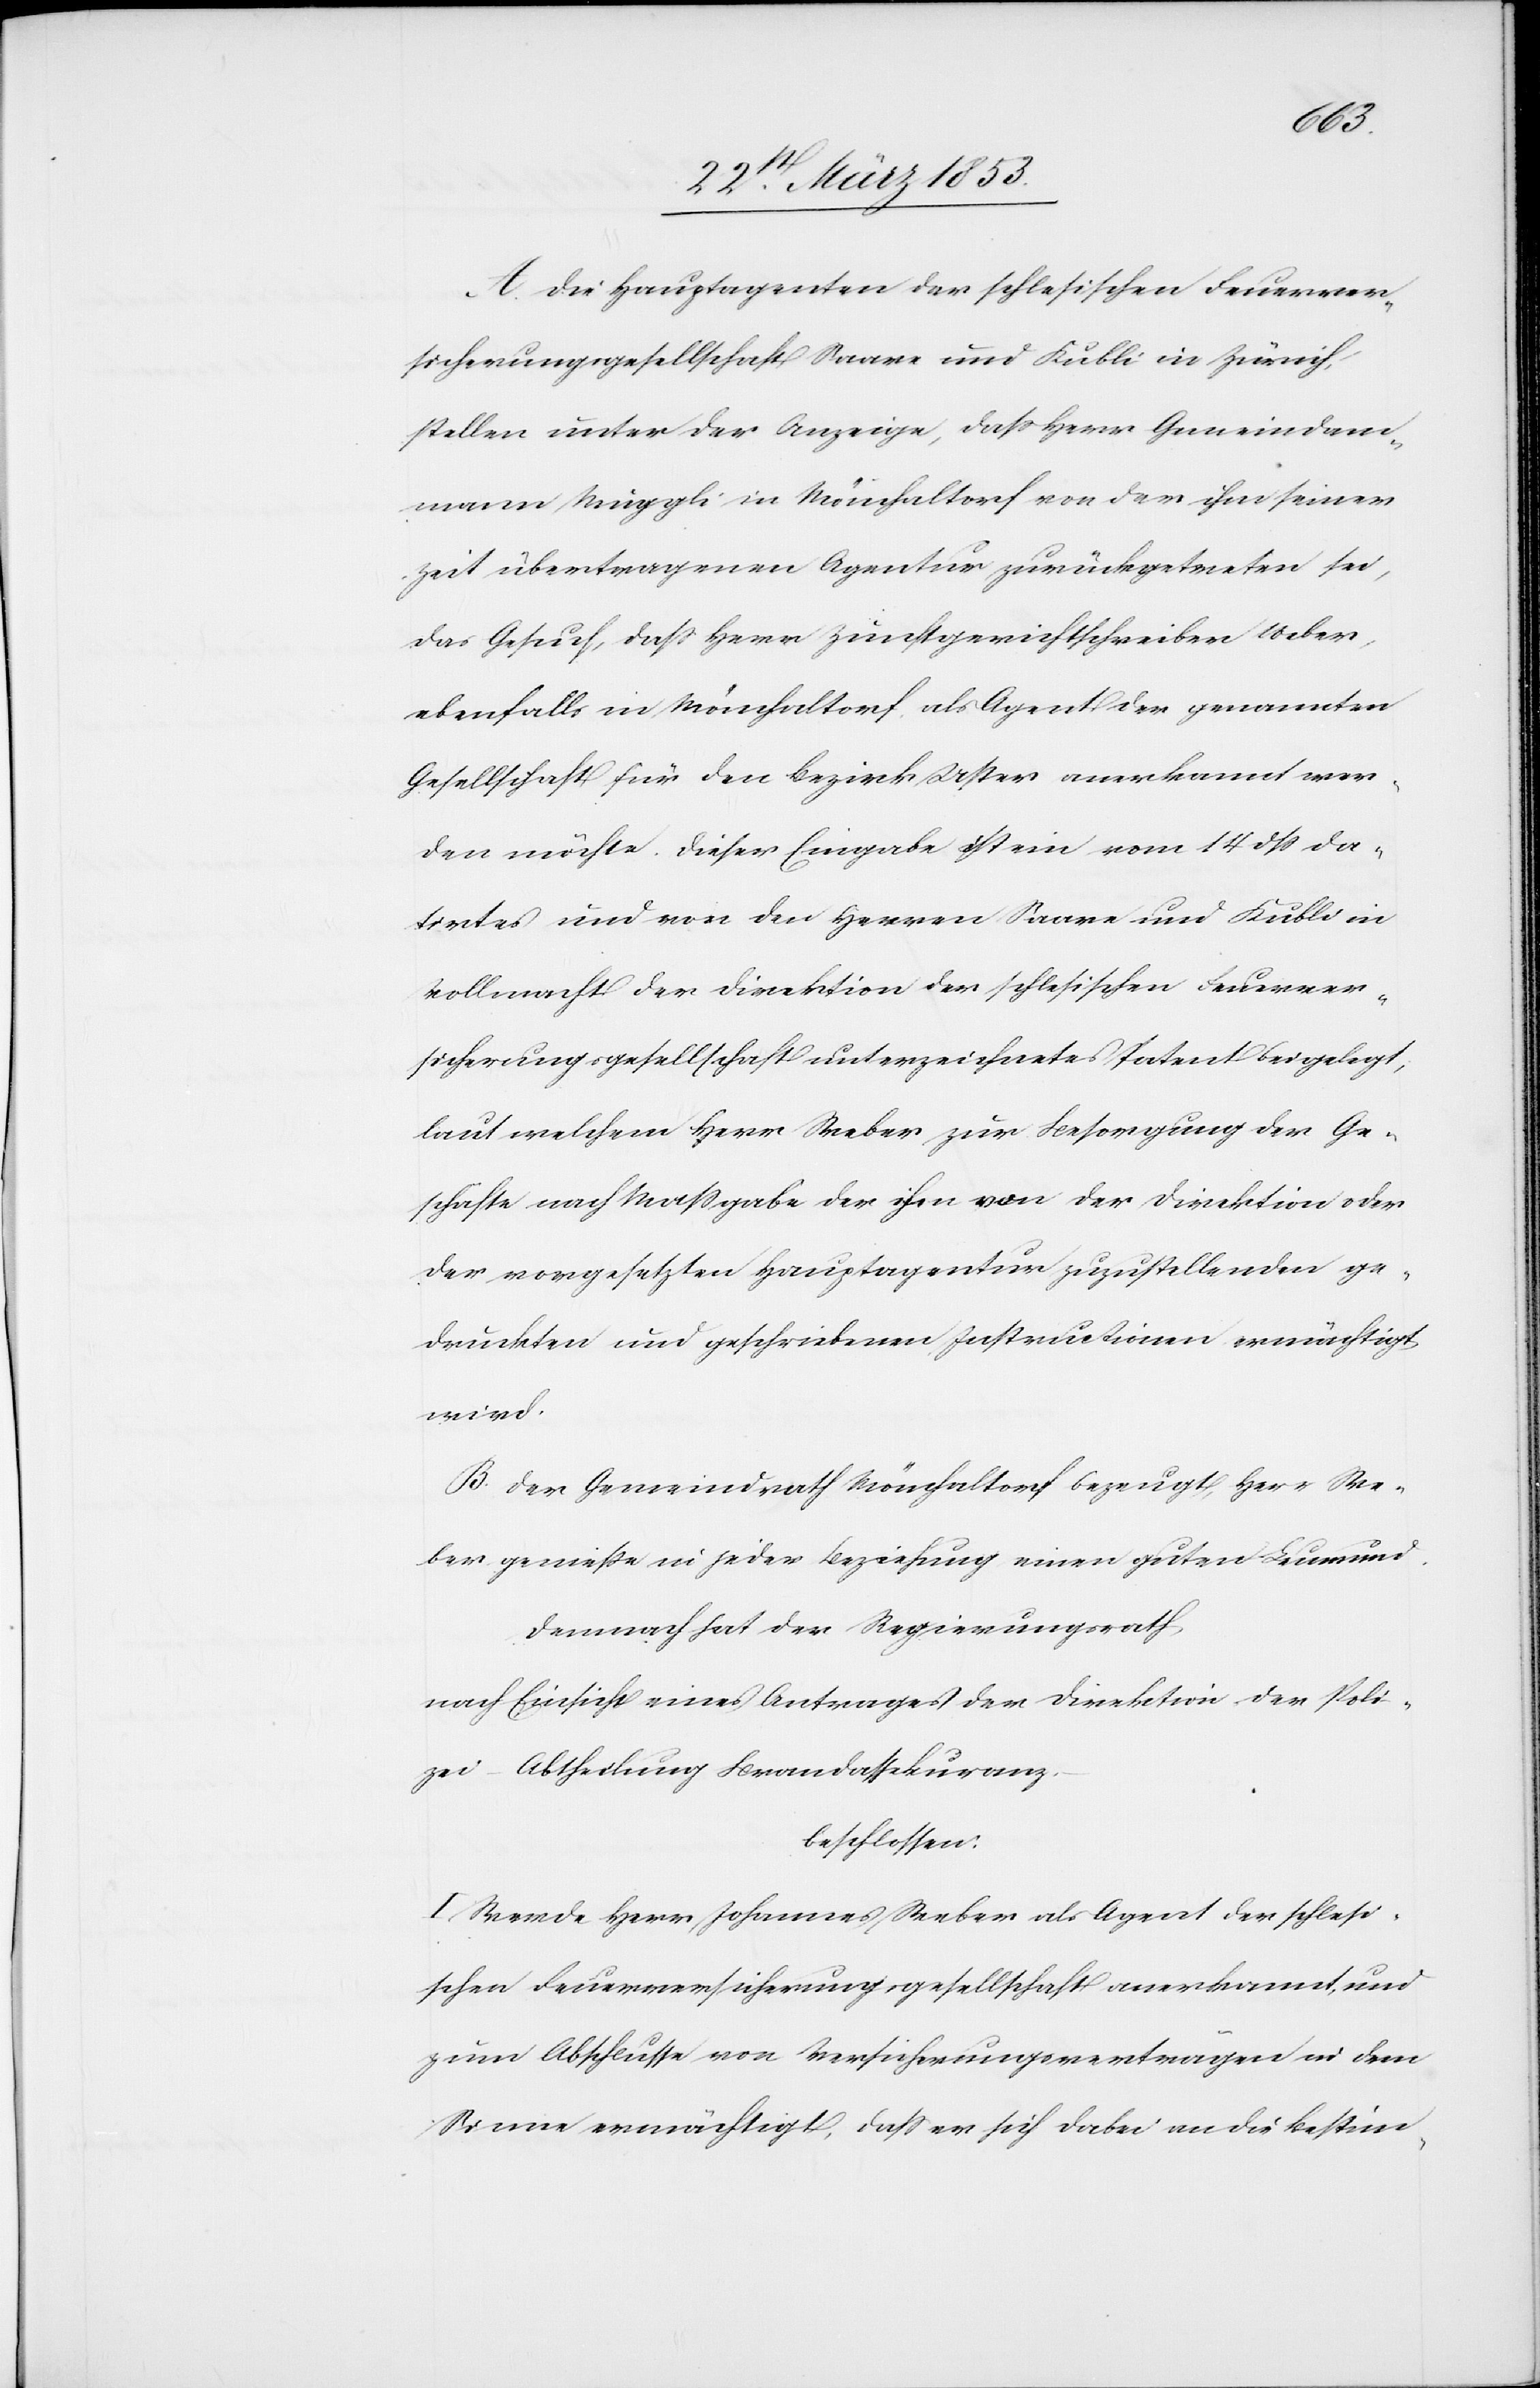
ell¬
A. Die Hauptagenten der schlesischen Feuerver¬
sicherungsgesellschaft Saare und Kubli in Zürich,
stellen unter der Anzeige, daß Herr Gemeindam¬
mann Wiggli in Mönchaltorf von der ihm seiner
Zeit übertragenen Agentur zurückgetreten sei,
das Gesuch, daß Herr Zunftgerichtschreiber Weber,
ebenfalls in Mönchaltorf als Agent der genannten
Gesellschaft für den Bezirk Uster anerkannt wer¬
den möchte. Dieser Eingabe ist ein vom 14 dß da¬
tirtes und von den Herrn Saare und Kubli in
Vollmacht der Direktion der schlesischen Feuerver¬
sicherungsgesellschaft unterzeichnetes Patent beigelegt,
laut welchem Herr Weber zur Besorgung der Ges¬
schaft nach Maßgabe der ihm von der Direktion oder
der vorgesetzten Hauptagentur zuzustellenden ge¬
druckten und geschriebenen Institutionen ermächtigt
wird.
B. Der Gemeindrath Mönchaltorf bezeugt, Herr We¬
ber genieße in jeder Beziehung einen guten Leumund.
Demnach hat der Regierungsrath
nach Einsicht eines Antrages der Direktion der Poli¬
zei-Abtheilung Brandassekuranz.
beschlossen.
I. Werde Herr Johannes Weber als Agent der schlesi¬
schen Feuerversicherungsgesellschaft anerkannt, und
zum Abschlusse von Versicherungsanträgen in dem
Sinne ermächtigt, daß er sich dabei an die Bestim-